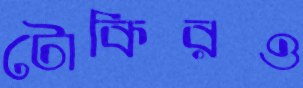
টোকিরও